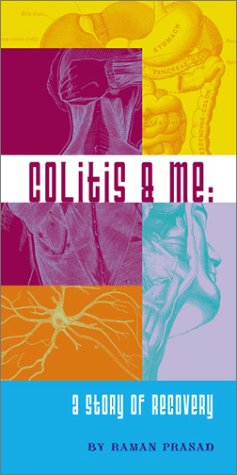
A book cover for Colitis & Me: A Story of Recovery; Raman Prasad; Health, Fitness & Dieting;